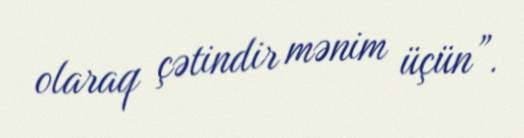
olaraq çətindir mənim üçün”.